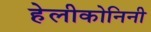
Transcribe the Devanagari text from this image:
हेलीकोनिनी